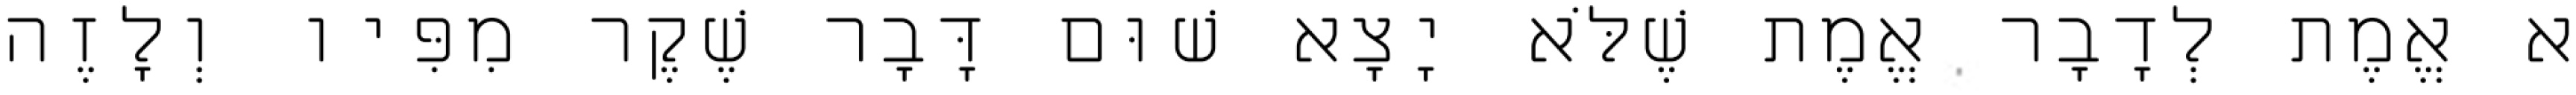
א אֱמֶת לְדָבָר אֱמֶת שֶׁלֹּא יָצָא שׁוּם דָּבָר שֶׁקֶר מִפִּיו וְלָזֶה